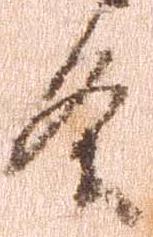
条